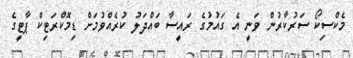
މެކްސިކޯ ސަރުކާރުން ވަނީ އެ ގައުމުގެ ރައީސާ ބައްދަލު ކުރެއްވުމަށް ޑިމޮކްރަޓިކް ޕާޓީގެ